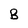
Character: B